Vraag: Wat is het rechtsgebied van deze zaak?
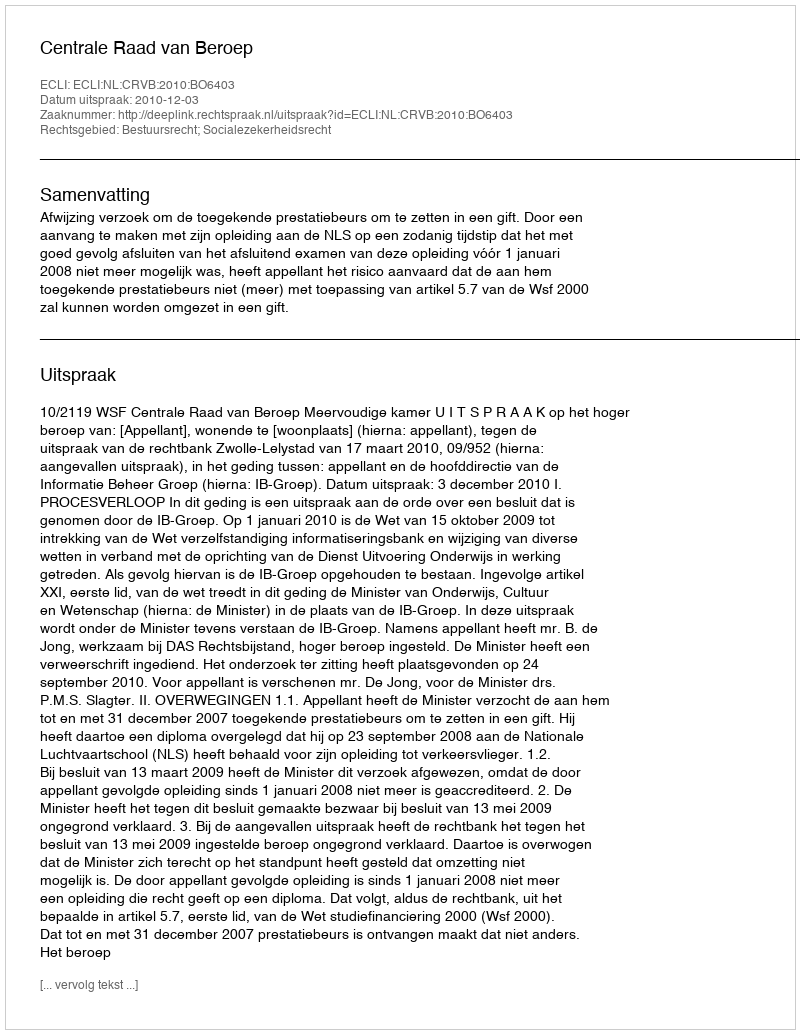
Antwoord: Bestuursrecht; Socialezekerheidsrecht